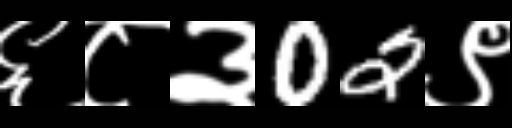
Text: ६८३02९